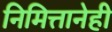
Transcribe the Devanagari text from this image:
निमित्तानेही